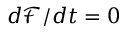
d \mathcal { F } / d t = 0